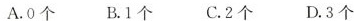
A.0个 B1个 C.2个 D.3个